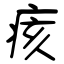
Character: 痎